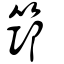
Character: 筇